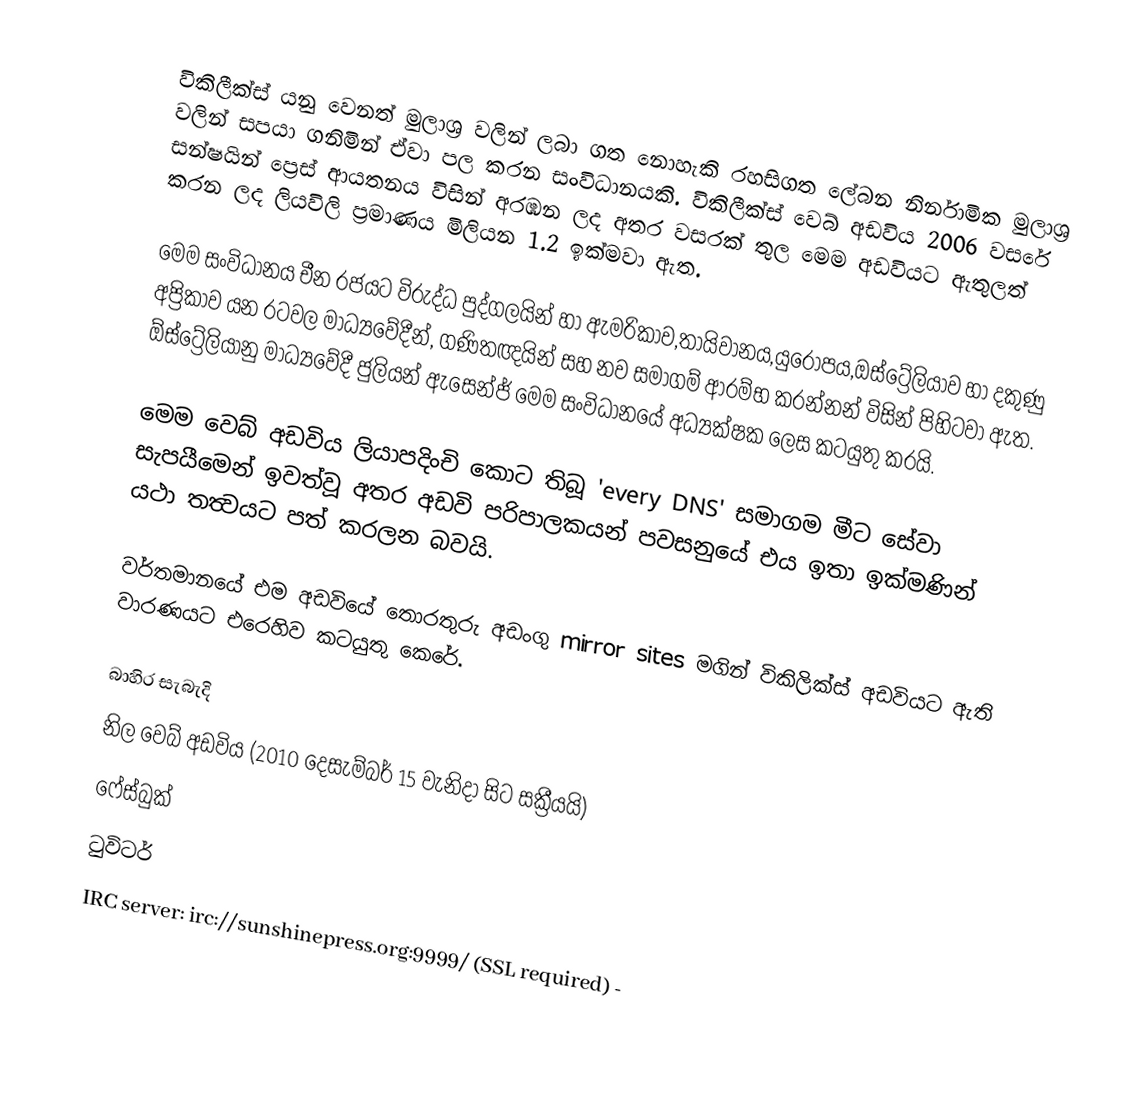
විකිලීක්ස් යනු වෙනත් මුලාශ්‍ර වලින් ලබා ගත නොහැකි රහසිගත ලේබන නිර්නාමික මුලාශ්‍ර වලින් සපයා ගනිමින් ඒවා පල කරන සංවිධානයකි. විකිලීක්ස් වෙබ් අඩවිය 2006 වසරේ සන්ෂයින් ප්‍රෙස් ආයතනය විසින් අරඹන ලද අතර වසරක් තුල මෙම අඩවියට ඇතුලත් කරන ලද ලියවිලි ප්‍රමාණය මිලියන 1.2 ඉක්මවා ඇත.

මෙම සංවිධානය චීන රජයට විරුද්ධ පුද්ගලයින් හා ඇමරිකාව,තායිවානය,යුරෝපය,ඔස්ට්‍රේලියාව හා දකුණු අප්‍රිකාව යන රටවල මාධ්‍යවේදීන්, ගණිතඥයින් සහ නව සමාගම් ආරම්භ කරන්නන් විසින් පිහිටවා ඇත. ඕස්ට්‍රේලියානු මාධ්‍යවේදී ජුලියන් ඇසෙන්ජ් මෙම සංවිධානයේ අධ්‍යක්ෂක ලෙස කටයුතු කරයි.

මෙම වෙබ් අඩවිය ලියාපදිංචි කොට තිබූ 'every DNS' සමාගම මීට සේවා සැපයීමෙන් ඉවත්වූ අතර අඩවි පරිපාලකයන් පවසනුයේ එය ඉතා ඉක්මණින් යථා තත්‍වයට පත් කරලන බවයි.

වර්තමානයේ එම අඩවියේ තොරතුරු අඩංගු mirror sites මගින් විකිලික්ස් අඩවියට ඇති වාරණයට එරෙහිව කටයුතු කෙරේ.

බාහිර සැබැදි
නිල වෙබ් අඩවිය (2010 දෙසැම්බර් 15 වැනිදා සිට සක්‍රීයයි)
ෆේස්බුක්
ටුවිටර්
IRC server: irc://sunshinepress.org:9999/ (SSL required) -